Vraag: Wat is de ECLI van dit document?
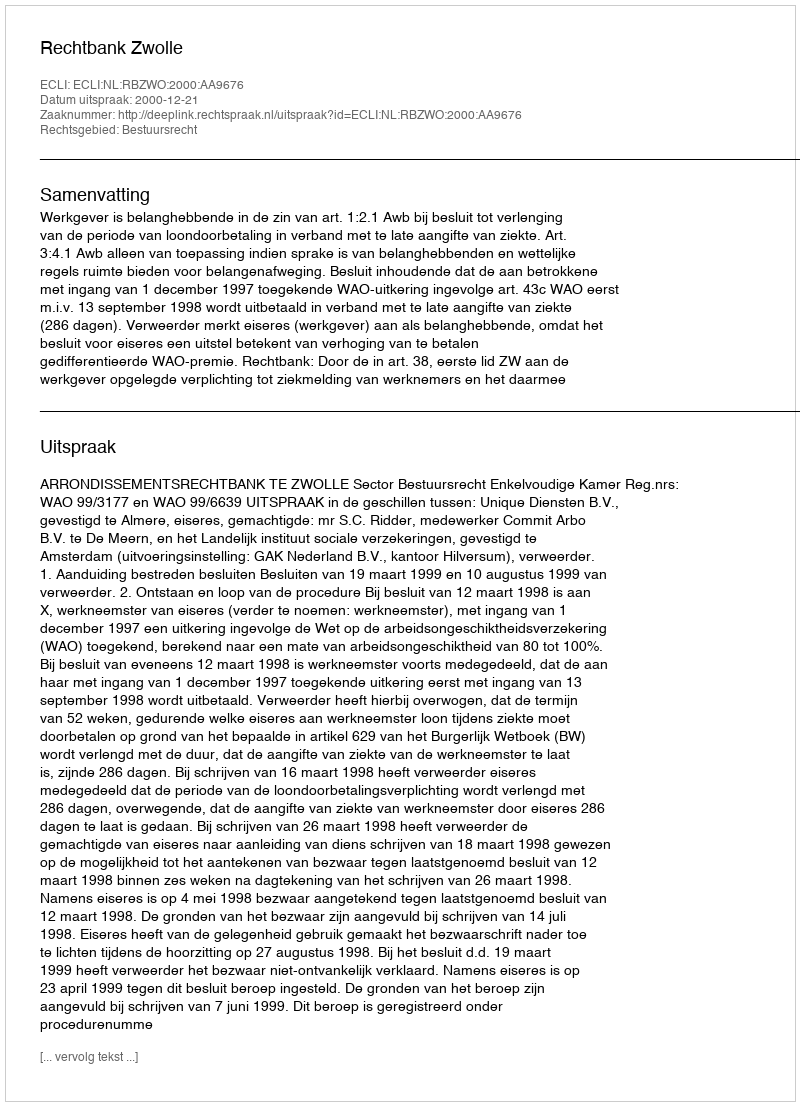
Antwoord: ECLI:NL:RBZWO:2000:AA9676